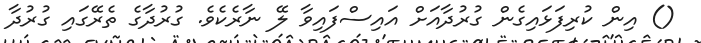
() އިން ކުރިފަޅައިގެން ގުރުދާއަށް އައިސްފައިވާ ލޭ ނާރެކެވެ. ގުރުދާގެ ތެރޭގައި ގުރުދާ